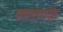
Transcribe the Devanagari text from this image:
लतायफ़े